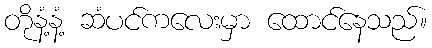
တိုနံ့နံ့ ဆံပင်ကလေးမှာ ထောင်နေသည်။